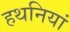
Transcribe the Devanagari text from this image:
हथनियां